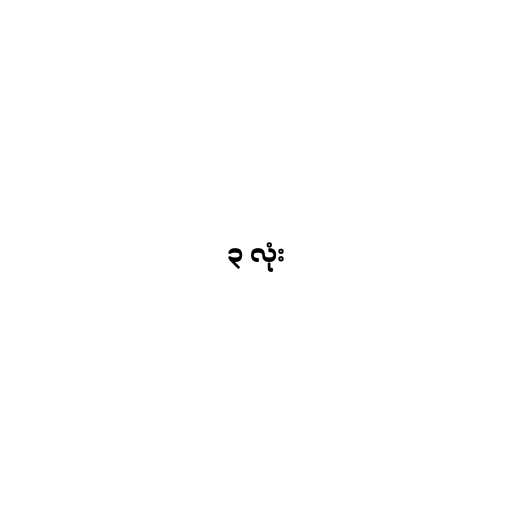
၃ လုံး